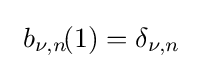
\ b_{\nu ,n}\!(1)=\delta _{\nu ,n}\